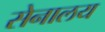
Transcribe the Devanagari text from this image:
सेनालय